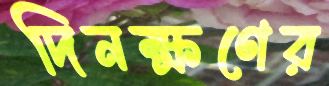
দিনক্ষণের